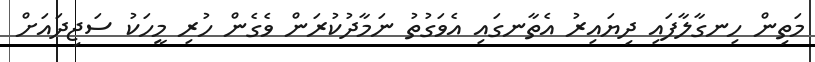
މަތިން ހިނގާލާފައި ދިޔައިރު އެތާނގައި އެވަގުތު ނަމާދުކުރަން ވެގެން ހުރި މީހަކު ސަޖިދައަށް